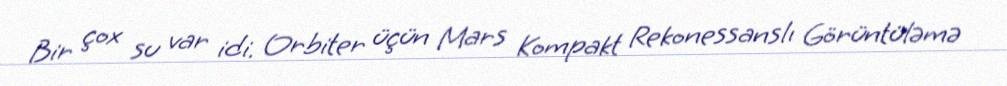
Bir çox su var idi. Orbiter üçün Mars Kompakt Rekonessanslı Görüntüləmə